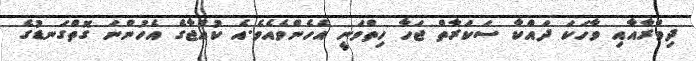
ދިމްރާއާއި ވާހަކަ ދައްކާ ސަކަރާތް ޖަހާ ހިތްވަނީ އެހެންވެއެވެ.އެ ކުއްޖާގެ އެހުންނަ ގޮތްގަނޑުގެ